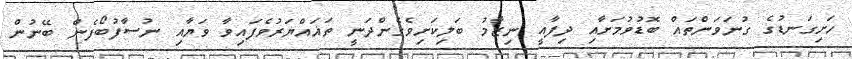
ހަށިގަނޑުގެ ގުނަވަންތައް ބޮޑުވުމަށާއި ދިފާއީ ނިޒާމު ބަލިކަށިވެގެންދަނީ ތަޣައްޔަރުވެފައިވާ ވަޔާއި ނުސާފުބޯފެން ބޭނުން